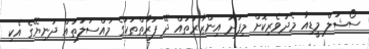
ސޯޝަލް މީޑިއާ މެދުވެރިކޮށް މިފަދަ އިންޒާރުތައް ދޭ ފަރާތްތަކުގެ މައްސަލަތައް ދުނިޔޭގެ އެކި